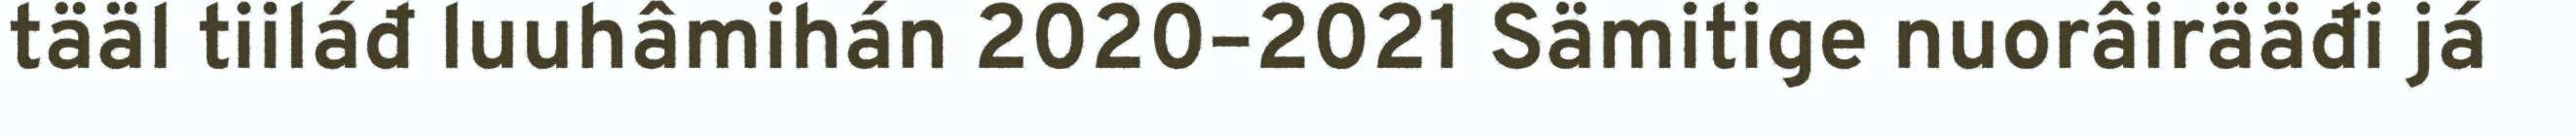
tääl tiiláđ luuhâmihán 2020–2021 Sämitige nuorâirääđi já